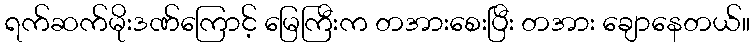
ရက်ဆက်မိုးဒဏ်ကြောင့် မြေကြီးက တအားစေးပြီး တအား ချောနေတယ်။